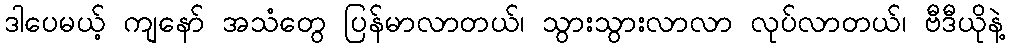
ဒါပေမယ့် ကျနော် အသံတွေ ပြန်မာလာတယ်၊ သွားသွားလာလာ လုပ်လာတယ်၊ ဗီဒီယိုနဲ့